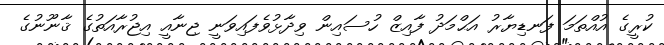
ކުރީގެ އުއްތަމަ ފަނޑިޔާރު އަޙްމަދު ފާއިޒް ހުސައިން ވިދާޅުވެފައިވަނީ ޖިނާއީ އިޖުރާއަތުގެ ޤާނޫނުގެ